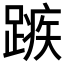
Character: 𮜆